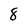
Character: 8